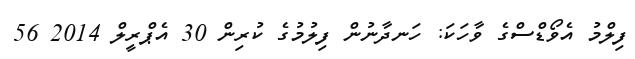
ފިލްމު އެވޯޑްސްގެ ވާހަކަ: ހަނދާނުން ފިލުމުގެ ކުރިން 30 އެޕްރީލް 2014 56